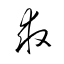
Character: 求